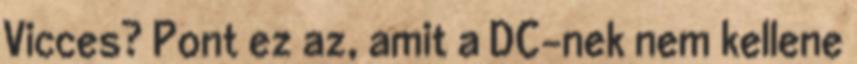
Vicces? Pont ez az, amit a DC-nek nem kellene